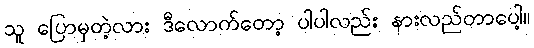
သူ ပြောမှတဲ့လား ဒီလောက်တော့ ပါပါလည်း နားလည်တာပေါ့။